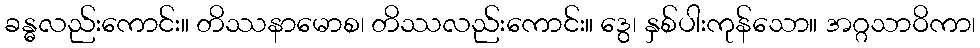
ခန္ဓလည်းကောင်း။ တိဿနာမောစ၊ တိဿလည်းကောင်း။ ဒွေ၊ နှစ်ပါးကုန်သော။ အဂ္ဂသာဝိကာ၊